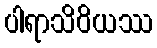
ပါရာသိဝိယဿ